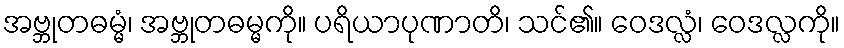
အဗ္ဘုတဓမ္မံ၊ အဗ္ဘုတဓမ္မကို။ ပရိယာပုဏာတိ၊ သင်၏။ ဝေဒလ္လံ၊ ဝေဒလ္လကို။